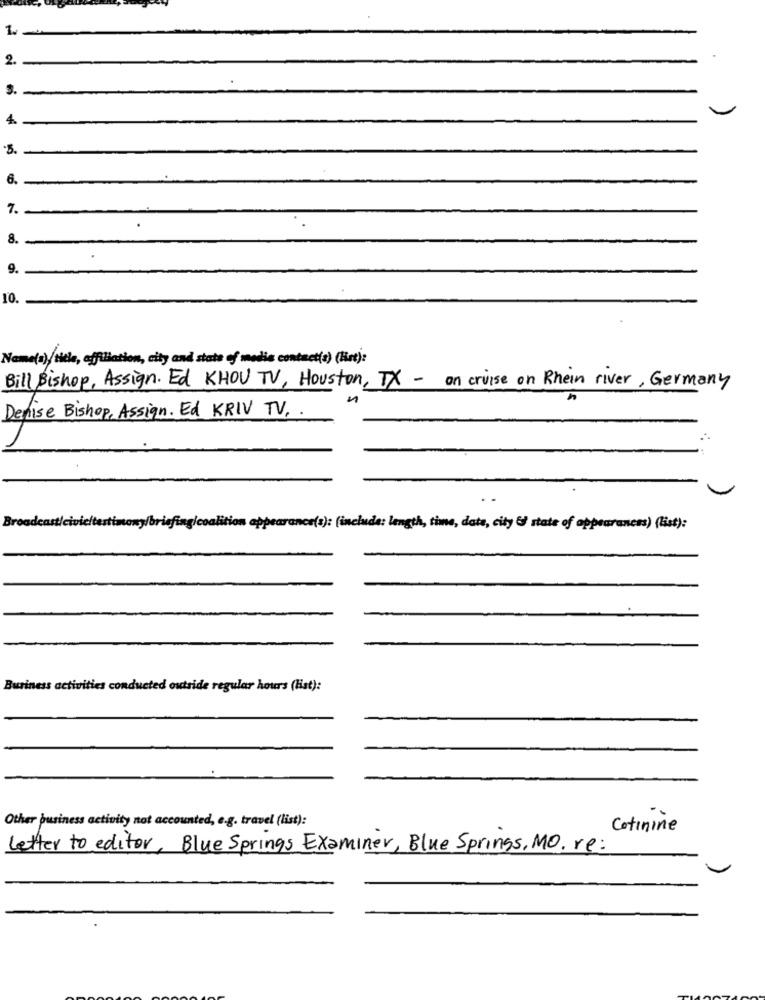
1.
2.
3.
4.
6.
8.
9.
10.
Name(a), title, affiliation, city and state of medie contact(s) (list):
Bill Bishop, Assign. Ed KHOU TV, Houston, TX - on cruise on Rhein river, Germany
Denise Bishop, Assign. Ed KRIV TV ..
earance(s): (include: length, time, data, city &) state of appearances) (list):
Business activities conducted outside regular hours (list):
Other business activity not accounted, e.g. travel (list):
Cotinine
Letter to editor, Blue Springs Examiner, Blue Springs, MO.re: